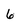
Character: 6